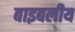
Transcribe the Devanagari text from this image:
बाइबलीय